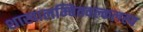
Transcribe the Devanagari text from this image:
शाखालम्बितवल्कलस्य